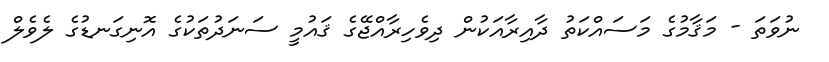
ނުވަތަ - މަޤާމުގެ މަސައްކަތު ދާއިރާއަކުން ދިވެހިރާއްޖޭގެ ޤައުމީ ސަނަދުތަކުގެ އޮނިގަނޑުގެ ލެވެލް